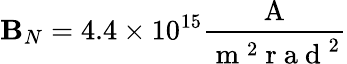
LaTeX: \mathbf{B}_{N}=4.4\times10^{15}\frac{{\mathrm{{~A~}}}}{{\mathrm{{~m~}}^{2}\mathrm{{~r~a~d~}}^{2}}}